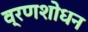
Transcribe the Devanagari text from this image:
व्रणशोधन